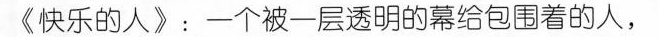
《快乐的人》：一个被一层透明的幕给包围着的人，